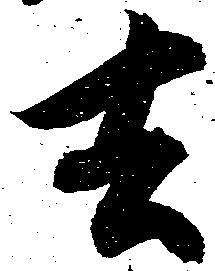
去